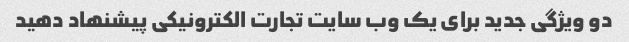
دو ویژگی جدید برای یک وب سایت تجارت الکترونیکی پیشنهاد دهید